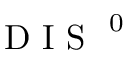
\mathrm { ~ D ~ I ~ S ~ } ^ { \mathrm { ~ 0 ~ } }